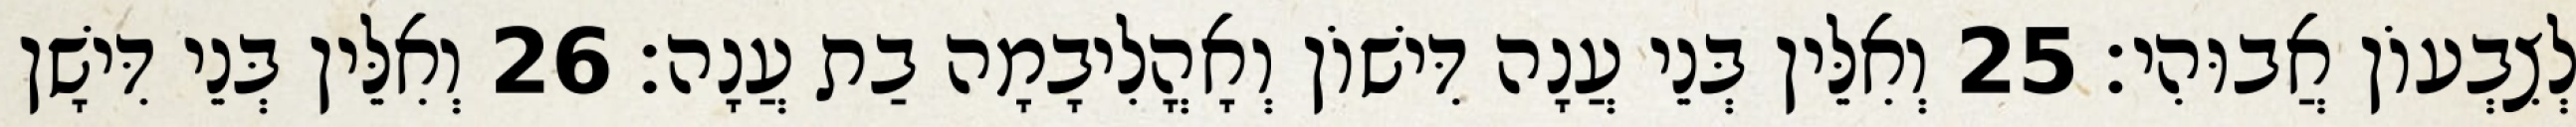
לְצִבְעוֹן אֲבוּהִי׃ 25 וְאִלֵּין בְּנֵי עֲנָה דִּישׁוֹן וְאָהֳלִיבָמָה בַת עֲנָה׃ 26 וְאִלֵּין בְּנֵי דִּישָׁן